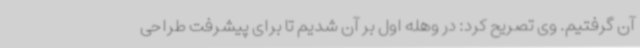
آن گرفتیم. وی تصریح کرد: در وهله اول بر آن شدیم تا برای پیشرفت طراحی